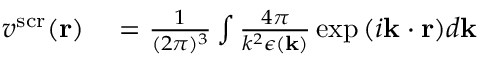
\begin{array} { r l } { v ^ { \mathrm { s c r } } ( \mathbf { r } ) } & { { } = \frac { 1 } { ( 2 \pi ) ^ { 3 } } \int \frac { 4 \pi } { k ^ { 2 } \epsilon ( \mathbf { k } ) } \exp { ( i \mathbf { k } \cdot \mathbf { r } ) } d \mathbf { k } } \end{array}